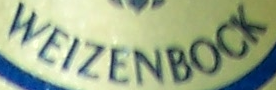
WEIZENBOCK